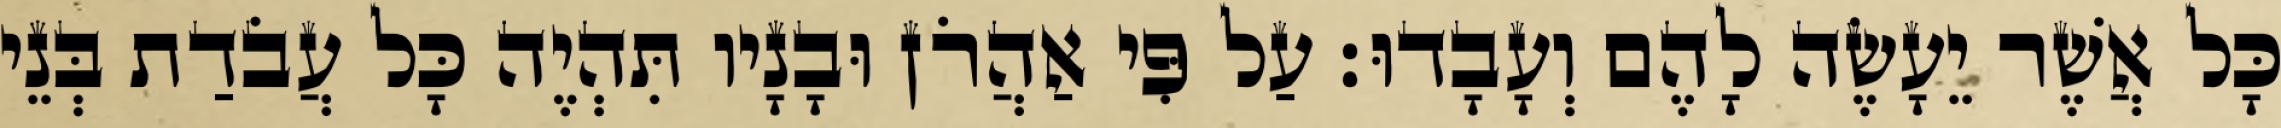
כָּל אֲשֶׁר יֵעָשֶׂה לָהֶם וְעָבָדוּ׃ עַל פִּי אַהֲרֹן וּבָנָיו תִּהְיֶה כָּל עֲבֹדַת בְּנֵי